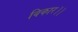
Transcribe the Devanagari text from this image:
विकार।।